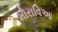
મોરાવિઆ